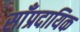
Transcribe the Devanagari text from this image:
साँप्रदायिक